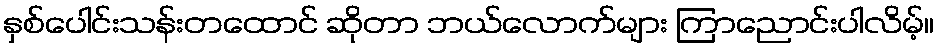
နှစ်ပေါင်းသန်းတထောင် ဆိုတာ ဘယ်လောက်များ ကြာညောင်းပါလိမ့်။